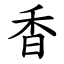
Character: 香